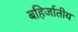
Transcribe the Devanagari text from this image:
बहिर्जातीय